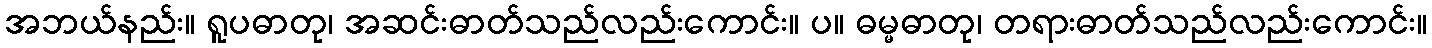
အဘယ်နည်း။ ရူပဓာတု၊ အဆင်းဓာတ်သည်လည်းကောင်း။ ပ။ ဓမ္မဓာတု၊ တရားဓာတ်သည်လည်းကောင်း။